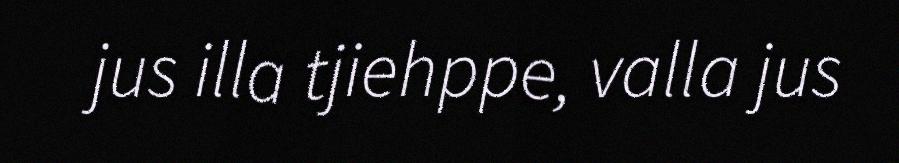
jus illa tjiehppe, valla jus